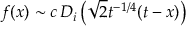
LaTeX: f ( x ) \sim c \, D _ { i } \left( \sqrt { 2 } t ^ { - 1 / 4 } ( t - x ) \right)